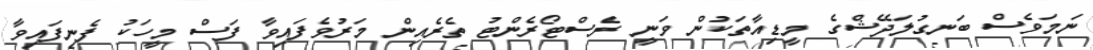
ނަމަވެސް ބަނގުލަދޭޝްގެ މީޑިއާތަކުން ވަނީ ރެސްޓޯރެންޓު ތެރެއިން މަރުވެފައިވާ ފަސް މީހަކު ފެނިފައިވާ